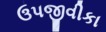
ઉપજીવીકા